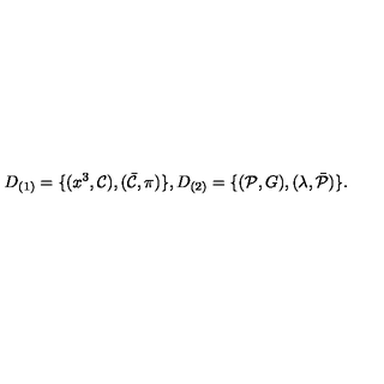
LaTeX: D _ { ( 1 ) } = \{ ( x ^ { 3 } , { \cal C } ) , ( \bar { \cal C } , \pi ) \} , D _ { ( 2 ) } = \{ ( { \cal P } , G ) , ( \lambda , \bar { \cal P } ) \} .